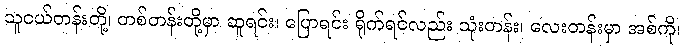
သူငယ်တန်းတို့၊ တစ်တန်းတို့မှာ ဆူရင်း၊ ပြောရင်း ရိုက်ရင်လည်း သုံးတန်း၊ လေးတန်းမှာ အစ်ကို၊